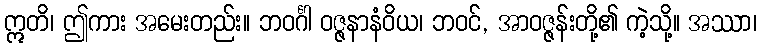
ဣတိ၊ ဤကား အမေးတည်း။ ဘဝင်္ဂါ ဝဇ္ဇနာနံဝိယ၊ ဘဝင်, အာဝဇ္ဇန်းတို့၏ ကဲ့သို့။ အဿာ၊